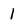
Character: 1